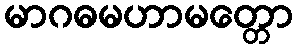
မာဂဓမဟာမတ္တော